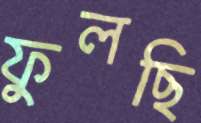
ফুলছি